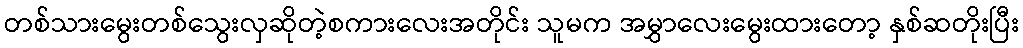
တစ်သားမွေးတစ်သွေးလှဆိုတဲ့စကားလေးအတိုင်း သူမက အမွှာလေးမွေးထားတော့ နှစ်ဆတိုးပြီး